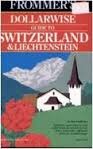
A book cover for Switzerland and Liechtenstein 1992-93 (Frommer's Comprehensive Travel Guides); Haggart; Travel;